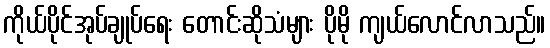
ကိုယ်ပိုင်အုပ်ချုပ်ရေး တောင်းဆိုသံများ ပိုမို ကျယ်လောင်လာသည်။